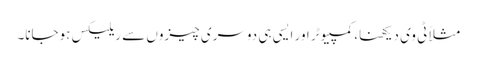
مثلاً ٹی وی دیکھنا، کمپیوٹر اور ایسی ہی دوسری چیزوں سے ریلیکس ہوجانا۔